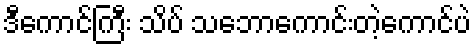
ဒီကောင်ကြီး သိပ် သဘောကောင်းတဲ့ကောင်ပဲ